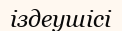
іздеушісі